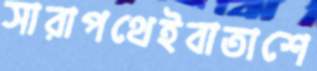
সারাপথেইবাতাশে